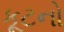
કૂટનો